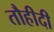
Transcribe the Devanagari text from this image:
तौहीदी